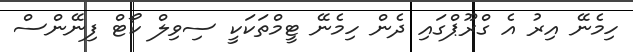
ހިމެނޭ އިރު އެ ގްރޫޕްގައި ދެން ހިމެނޭ ޓީމްތަކަކީ ސިވިލް ކޯޓް ފިނޭންސް